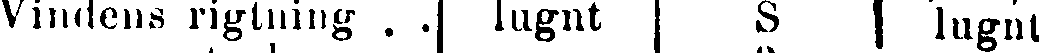
Vindens rigtning . . lugnt S lugnt